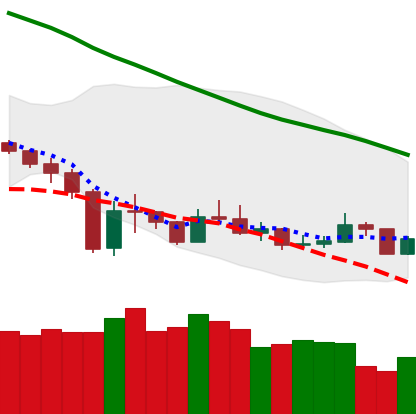
Ticker: XMR-USD
Chart end date: 2020-01-01
Forward return: 28.888%
Label: up_7plus